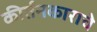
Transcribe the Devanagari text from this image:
कीर्तनकाराचे